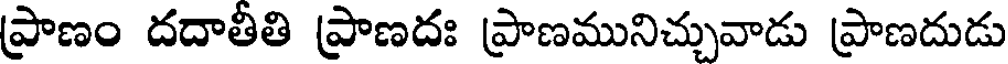
ప్రాణం దదాతీతి ప్రాణదః ప్రాణమునిచ్చువాడు ప్రాణదుడు